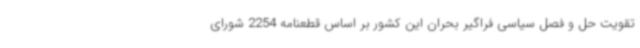
تقویت حل و فصل سیاسی فراگیر بحران این کشور بر اساس قطعنامه 2254 شورای